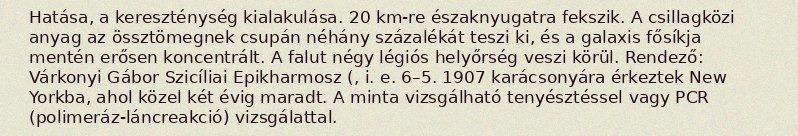
Hatása, a kereszténység kialakulása. 20 km-re északnyugatra fekszik. A csillagközi anyag az össztömegnek csupán néhány százalékát teszi ki, és a galaxis fősíkja mentén erősen koncentrált. A falut négy légiós helyőrség veszi körül. Rendező: Várkonyi Gábor Szicíliai Epikharmosz (, i. e. 6–5. 1907 karácsonyára érkeztek New Yorkba, ahol közel két évig maradt. A minta vizsgálható tenyésztéssel vagy PCR (polimeráz-láncreakció) vizsgálattal.